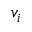
v _ { i }